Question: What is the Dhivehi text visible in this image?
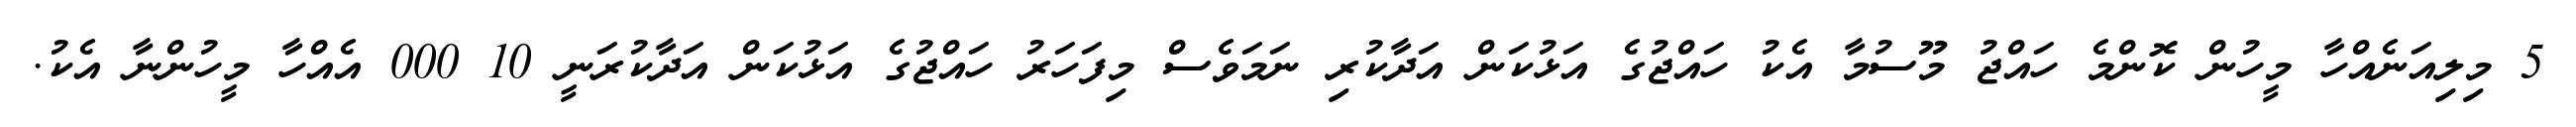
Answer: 5 މިލިއަނެއްހާ މީހުން ކޮންމެ ހައްޖު މޫސުމާ އެކު ހައްޖުގެ އަޅުކަން އަދާކުރި ނަމަވެސް މިފަހަރު ހައްޖުގެ އަޅުކަން އަދާކުރަނީ 10 000 އެއްހާ މީހުންނާ އެކު.